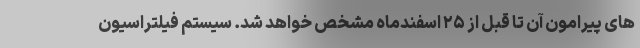
های پیرامون آن تا قبل از ۲۵ اسفندماه مشخص خواهد شد. سیستم فیلتراسیون